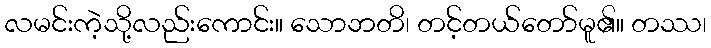
လမင်းကဲ့သို့လည်းကောင်း။ သောဘတိ၊ တင့်တယ်တော်မူ၏။ တဿ၊